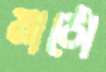
মাঠো